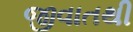
જીવાતથી